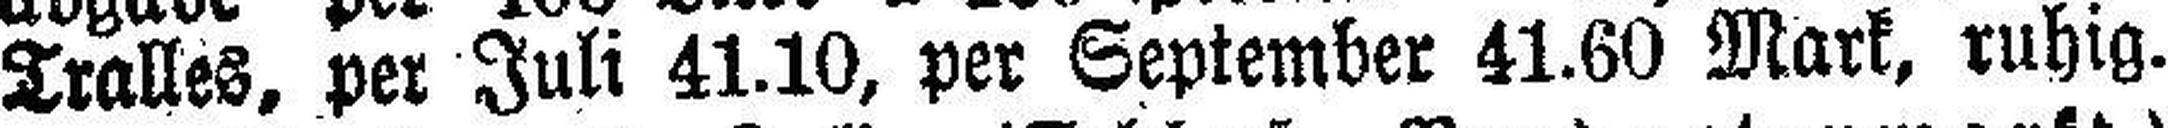
Tralles, per Juli 41.10, per September 41.60 Mark, ruhig.